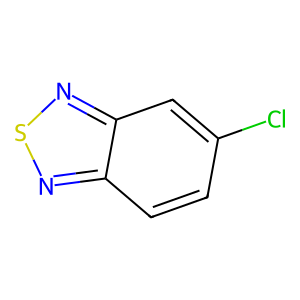
SMILES: Clc1ccc2nsnc2c1
Inhibits HIV replication: No